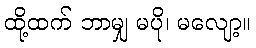
ထို့ထက် ဘာမျှ မပို၊ မလျော့။